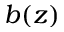
b ( z )